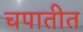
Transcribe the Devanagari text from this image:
चपातीत